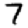
Digit: 7